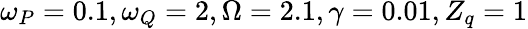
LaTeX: \omega_{P}=0.1,\omega_{Q}=2,\Omega=2.1,\gamma=0.01,Z_{q}=1